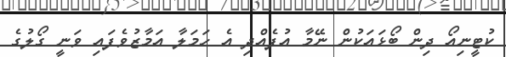
ކުޓީނިއޯ ދިން ބޯޅައަކުން ނޭމާ އުފެއްދި އެ ހަމަލާ އަމާޒުވެފައި ވަނީ ގޯލުގެ